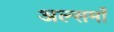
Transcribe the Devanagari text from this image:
अल्समाँ